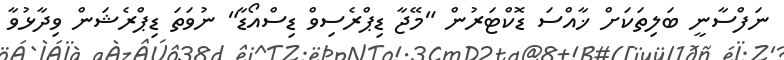
ނަފްސާނީ ބަލިތަކަށް ޚާއްސަ ޑޮކްޓަރުން "މޭޖާ ޑިޕްރެސިވް ޑިސްއޯޑާ" ނުވަތަ ޑިޕްރެޝަން ވިދާޅުވާ